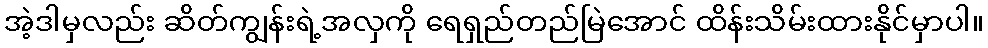
အဲ့ဒါမှလည်း ဆိတ်ကျွန်းရဲ့အလှကို ရေရှည်တည်မြဲအောင် ထိန်းသိမ်းထားနိုင်မှာပါ။